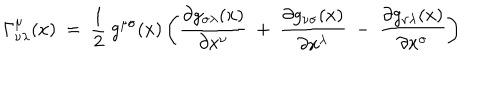
\Gamma _ { \nu \lambda } ^ { \mu } ( x ) \ = \ \frac 1 2 \ g ^ { \mu \sigma } ( x ) \left( \frac { \partial g _ { \sigma \lambda } ( x ) } { \partial x ^ { \nu } } \ + \ \frac { \partial g _ { \nu \sigma } ( x ) } { \partial x ^ { \lambda } } \ - \ \frac { \partial g _ { \nu \lambda } ( x ) } { \partial x ^ { \sigma } } \right)